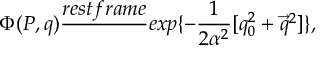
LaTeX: \Phi ( P , q ) \frac { r e s t f r a m e } { ~ ~ } e x p \{ - \frac { 1 } { 2 \alpha ^ { 2 } } [ q _ { 0 } ^ { 2 } + \vec { q } ^ { 2 } ] \} ,